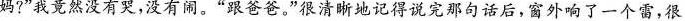
妈?”我竟然没有哭，没有闹。”跟爸爸。”很清晰地记得说完那句话后，窗外响了一个雷，很